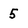
Character: 5